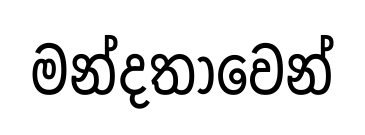
මන්දතාවෙන්